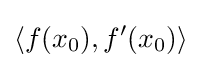
\langle f(x_{0}),f'(x_{0})\rangle